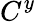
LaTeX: C^{y}